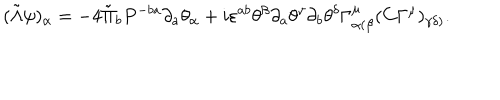
( \tilde { \Lambda } \psi ) _ { \alpha } = - 4 \tilde { \Pi } _ { b } P ^ { - b a } \partial _ { a } \theta _ { \alpha } + i \varepsilon ^ { a b } \theta ^ { \beta } \partial _ { a } \theta ^ { \gamma } \partial _ { b } \theta ^ { \delta } \Gamma _ { \alpha ( \beta } ^ { \mu } ( C \Gamma ^ { \mu } ) _ { \gamma \delta ) } .